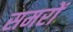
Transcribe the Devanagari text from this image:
समरों